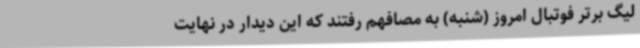
لیگ برتر فوتبال امروز (شنبه) به مصافهم رفتند که این دیدار در نهایت